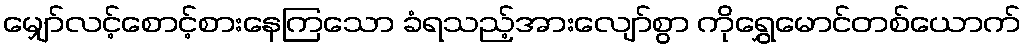
မျှော်လင့်စောင့်စားနေကြသော ခံရသည့်အားလျော်စွာ ကိုရွှေမောင်တစ်ယောက်